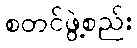
စတင်ဖွဲ့စည်း